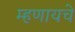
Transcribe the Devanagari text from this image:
म्‍हणायचे